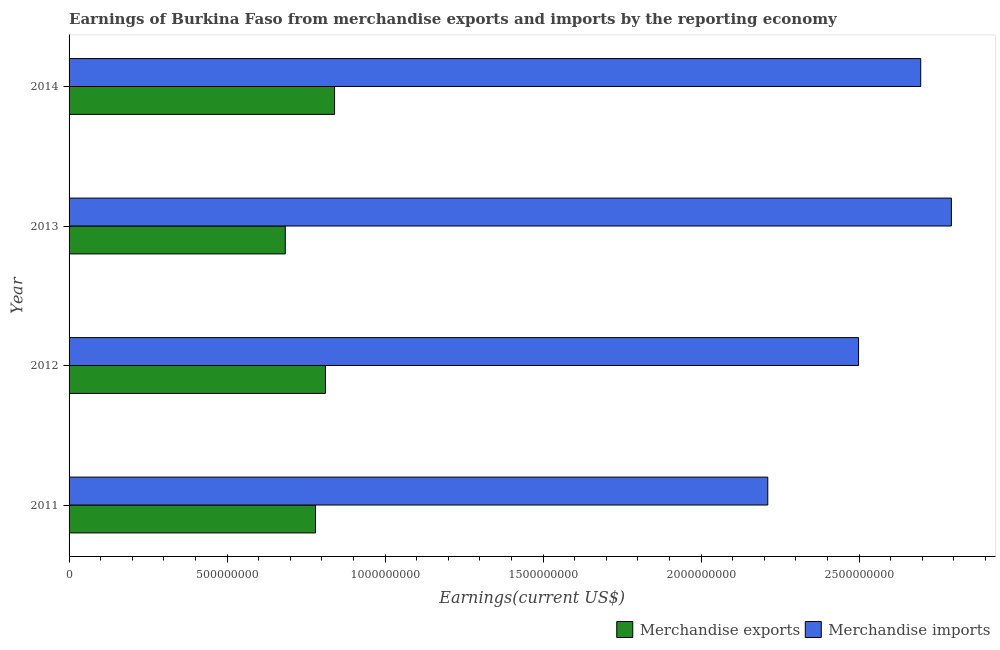
| Year | Merchandise exports | Merchandise imports |
 | --- | --- | --- |
 | 2011 | 7.8e+08 | 2.21e+09 |
 | 2012 | 8.11e+08 | 2.5e+09 |
 | 2013 | 6.84e+08 | 2.79e+09 |
 | 2014 | 8.4e+08 | 2.7e+09 |